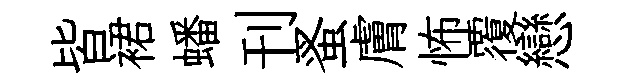
皆裙蟠刊蚤膚怖覆戀